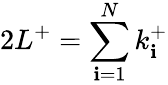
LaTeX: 2L^{+}=\sum_{\mathbf{i}=1}^{N}k_{\mathbf{i}}^{+}